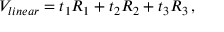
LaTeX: V _ { l i n e a r } = t _ { 1 } R _ { 1 } + t _ { 2 } R _ { 2 } + t _ { 3 } R _ { 3 } \, ,